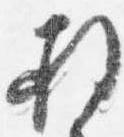
拝